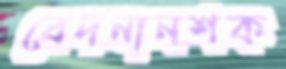
বেদনানশক